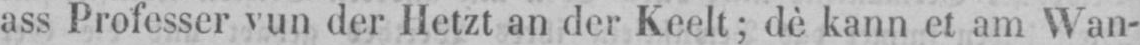
ass Professer vun der Hetzt an der Keelt; dè kann et am Wan-